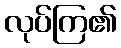
လုပ်ကြ၏